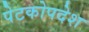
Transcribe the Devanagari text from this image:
पेटकोपदेश